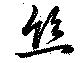
絲